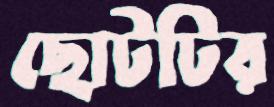
ছোটটির